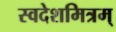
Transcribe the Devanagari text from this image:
स्वदेशमित्रम्